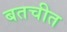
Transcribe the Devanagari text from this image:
बतचीत